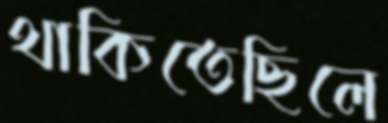
থাকিতেছিলে